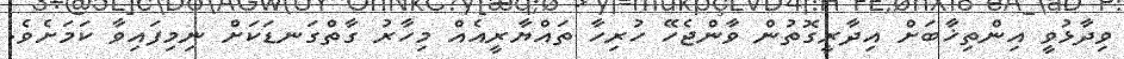
ވިދާޅުވީ އިންތިޚާބަށް އިދާރީގޮތުން ވާންޖެހޭ ހުރިހާ ތައްޔާރީއެއް މިހާރު ގާތްގަނޑަކަށް ނިމިފައިވާ ކަމަށެވެ.